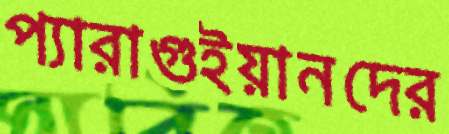
প্যারাগুইয়ানদের